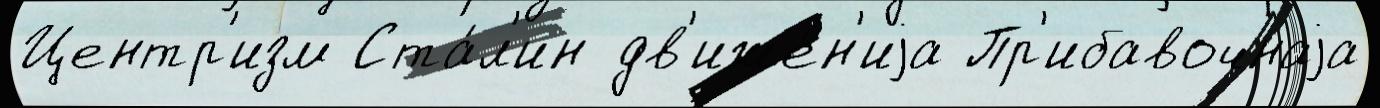
Центр'изм Ста́л'ин дв'иже́н'иjа Пр'ибавочнаjа